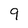
Character: 9